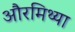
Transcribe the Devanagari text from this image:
औरमिथ्या